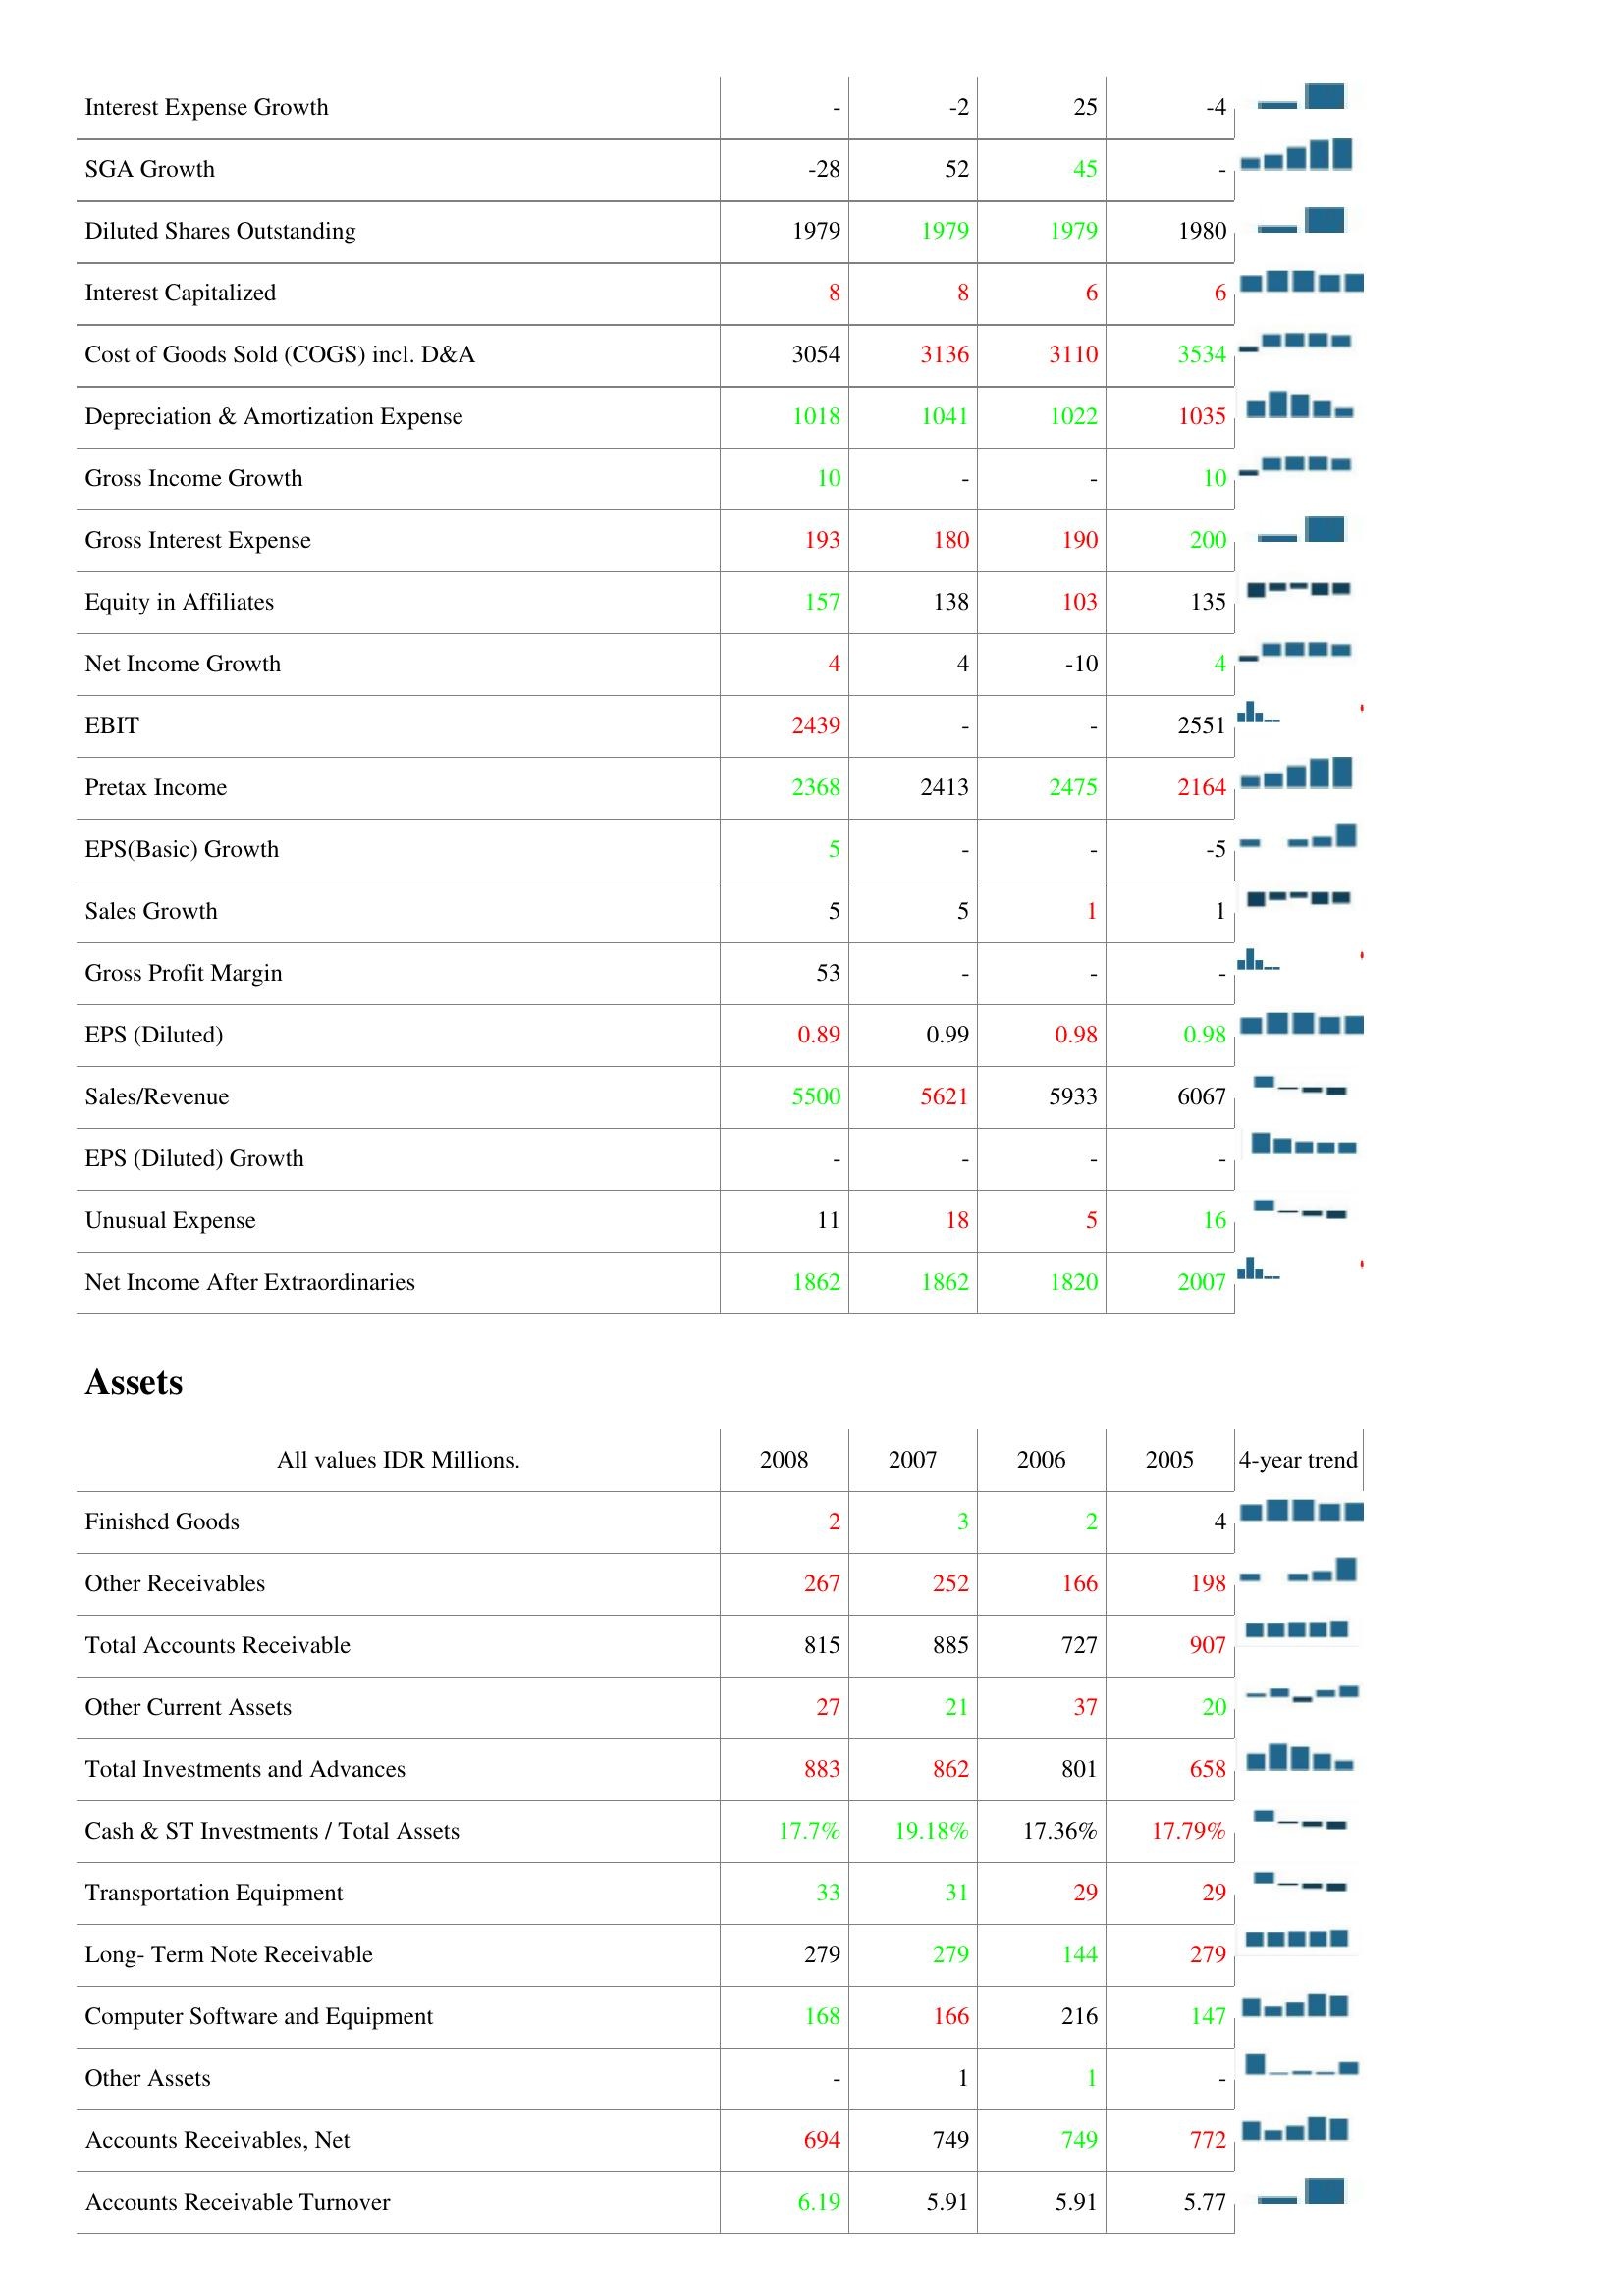
2008: : Interest Expense Growth: -
SGA Growth: -28
Diluted Shares Outstanding: 1979
Interest Capitalized: 8
Cost of Goods Sold (COGS) incl. D&A: 3054
Depreciation & Amortization Expense: 1018
Gross Income Growth: 10
Gross Interest Expense: 193
Equity in Affiliates: 157
Net Income Growth: 4
EBIT: 2439
Pretax Income: 2368
EPS(Basic) Growth: 5
Sales Growth: 5
Gross Profit Margin: 53
EPS (Diluted): 0.89
Sales/Revenue: 5500
EPS (Diluted) Growth: -
Unusual Expense: 11
Net Income After Extraordinaries: 1862
Assets: Finished Goods: 2
Other Receivables: 267
Total Accounts Receivable: 815
Other Current Assets: 27
Total Investments and Advances: 883
Cash & ST Investments / Total Assets: 17.7%
Transportation Equipment: 33
Long- Term Note Receivable: 279
Computer Software and Equipment: 168
Other Assets: -
Accounts Receivables, Net: 694
Accounts Receivable Turnover: 6.19
2007: : Interest Expense Growth: -2
SGA Growth: 52
Diluted Shares Outstanding: 1979
Interest Capitalized: 8
Cost of Goods Sold (COGS) incl. D&A: 3136
Depreciation & Amortization Expense: 1041
Gross Income Growth: -
Gross Interest Expense: 180
Equity in Affiliates: 138
Net Income Growth: 4
EBIT: -
Pretax Income: 2413
EPS(Basic) Growth: -
Sales Growth: 5
Gross Profit Margin: -
EPS (Diluted): 0.99
Sales/Revenue: 5621
EPS (Diluted) Growth: -
Unusual Expense: 18
Net Income After Extraordinaries: 1862
Assets: Finished Goods: 3
Other Receivables: 252
Total Accounts Receivable: 885
Other Current Assets: 21
Total Investments and Advances: 862
Cash & ST Investments / Total Assets: 19.18%
Transportation Equipment: 31
Long- Term Note Receivable: 279
Computer Software and Equipment: 166
Other Assets: 1
Accounts Receivables, Net: 749
Accounts Receivable Turnover: 5.91
2006: : Interest Expense Growth: 25
SGA Growth: 45
Diluted Shares Outstanding: 1979
Interest Capitalized: 6
Cost of Goods Sold (COGS) incl. D&A: 3110
Depreciation & Amortization Expense: 1022
Gross Income Growth: -
Gross Interest Expense: 190
Equity in Affiliates: 103
Net Income Growth: -10
EBIT: -
Pretax Income: 2475
EPS(Basic) Growth: -
Sales Growth: 1
Gross Profit Margin: -
EPS (Diluted): 0.98
Sales/Revenue: 5933
EPS (Diluted) Growth: -
Unusual Expense: 5
Net Income After Extraordinaries: 1820
Assets: Finished Goods: 2
Other Receivables: 166
Total Accounts Receivable: 727
Other Current Assets: 37
Total Investments and Advances: 801
Cash & ST Investments / Total Assets: 17.36%
Transportation Equipment: 29
Long- Term Note Receivable: 144
Computer Software and Equipment: 216
Other Assets: 1
Accounts Receivables, Net: 749
Accounts Receivable Turnover: 5.91
2005: : Interest Expense Growth: -4
SGA Growth: -
Diluted Shares Outstanding: 1980
Interest Capitalized: 6
Cost of Goods Sold (COGS) incl. D&A: 3534
Depreciation & Amortization Expense: 1035
Gross Income Growth: 10
Gross Interest Expense: 200
Equity in Affiliates: 135
Net Income Growth: 4
EBIT: 2551
Pretax Income: 2164
EPS(Basic) Growth: -5
Sales Growth: 1
Gross Profit Margin: -
EPS (Diluted): 0.98
Sales/Revenue: 6067
EPS (Diluted) Growth: -
Unusual Expense: 16
Net Income After Extraordinaries: 2007
Assets: Finished Goods: 4
Other Receivables: 198
Total Accounts Receivable: 907
Other Current Assets: 20
Total Investments and Advances: 658
Cash & ST Investments / Total Assets: 17.79%
Transportation Equipment: 29
Long- Term Note Receivable: 279
Computer Software and Equipment: 147
Other Assets: -
Accounts Receivables, Net: 772
Accounts Receivable Turnover: 5.77